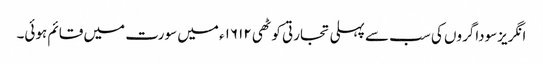
انگریزسوداگروں کی سب سے پہلی تجارتی کوٹھی ۱۶۱۲ء میں سورت میں قائم ہوئی۔